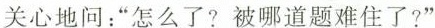
关心地问：”怎么了?被哪道题难住了?”